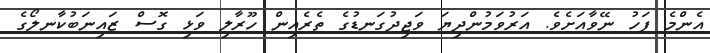
އެންމެ ފަހު ނޭވާއަށެވެ. އަރުވަމުންދިޔަ ވަޖިދުގަނޑުގެ ތެރެއިން ހޫރާލި ވަޅި ގޮސް ޒައިނަބުކާނލޯގެ